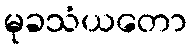
မုခသံယတော